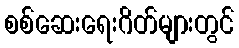
စစ်ဆေးရေးဂိတ်များတွင်